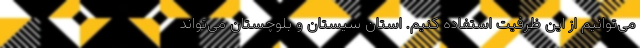
می‌توانیم از این ظرفیت استفاده کنیم. استان سیستان و بلوچستان می‌تواند